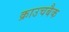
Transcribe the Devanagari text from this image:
क्राउचबैक